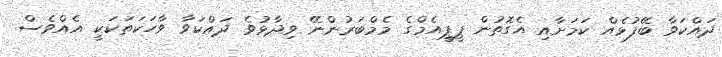
ދައްކަވާ ބޭފުޅެއް ކަމަށާއި އެގޮތުން ޕީޕީއެމްގެ މެމްބަރުންނޭ ވިދާޅުވެ ދައްކަވާ ވާހަކަތަކަކީ އެއްވެސް